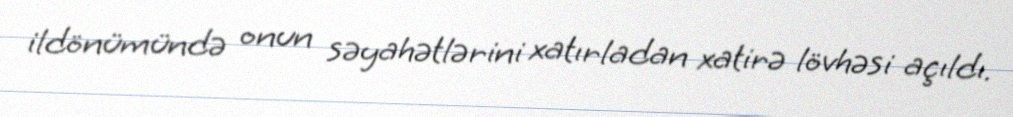
ildönümündə onun səyahətlərini xatırladan xatirə lövhəsi açıldı.